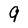
Character: 9